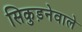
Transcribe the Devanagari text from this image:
सिकुड़नेवाले